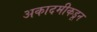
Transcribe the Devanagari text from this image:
अकादमीकडून